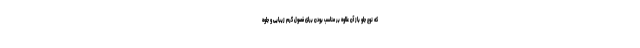
که نوع جلو باز آن علاوه بر مناسب بودن برای فصول گرم زیبایی و جلوه